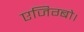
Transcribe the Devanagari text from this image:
एजिग्बो।